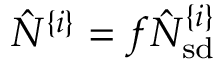
\hat { N } ^ { \{ i \} } = f \hat { N } _ { \mathrm { s d } } ^ { \{ i \} }